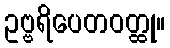
ဥဗ္ဗရိပေတဝတ္ထု။